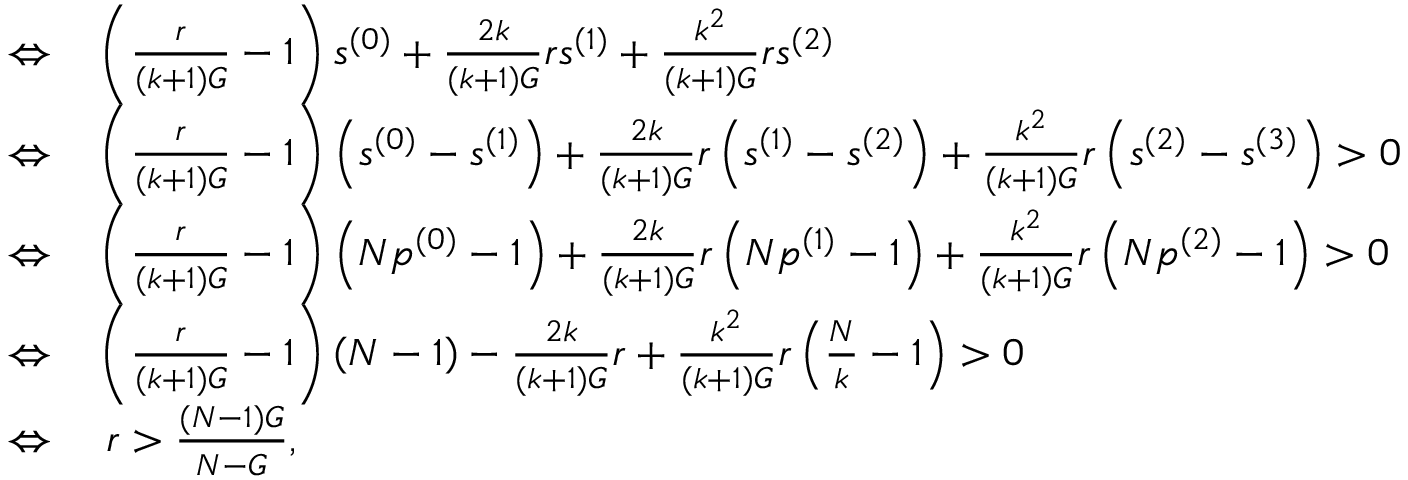
\begin{array} { r l } { \Leftrightarrow } & { { } \left( \frac { r } { ( k + 1 ) G } - 1 \right) s ^ { ( 0 ) } + \frac { 2 k } { ( k + 1 ) G } r s ^ { ( 1 ) } + \frac { k ^ { 2 } } { ( k + 1 ) G } r s ^ { ( 2 ) } } \\ { \Leftrightarrow } & { { } \left( \frac { r } { ( k + 1 ) G } - 1 \right) \left( s ^ { ( 0 ) } - s ^ { ( 1 ) } \right) + \frac { 2 k } { ( k + 1 ) G } r \left( s ^ { ( 1 ) } - s ^ { ( 2 ) } \right) + \frac { k ^ { 2 } } { ( k + 1 ) G } r \left( s ^ { ( 2 ) } - s ^ { ( 3 ) } \right) > 0 } \\ { \Leftrightarrow } & { { } \left( \frac { r } { ( k + 1 ) G } - 1 \right) \left( N p ^ { ( 0 ) } - 1 \right) + \frac { 2 k } { ( k + 1 ) G } r \left( N p ^ { ( 1 ) } - 1 \right) + \frac { k ^ { 2 } } { ( k + 1 ) G } r \left( N p ^ { ( 2 ) } - 1 \right) > 0 } \\ { \Leftrightarrow } & { { } \left( \frac { r } { ( k + 1 ) G } - 1 \right) \left( N - 1 \right) - \frac { 2 k } { ( k + 1 ) G } r + \frac { k ^ { 2 } } { ( k + 1 ) G } r \left( \frac { N } { k } - 1 \right) > 0 } \\ { \Leftrightarrow } & { { } ~ r > \frac { ( N - 1 ) G } { N - G } , } \end{array}